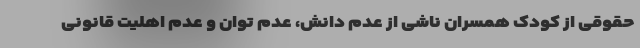
حقوقی از کودک همسران ناشی از عدم دانش، عدم توان و عدم اهلیت قانونی